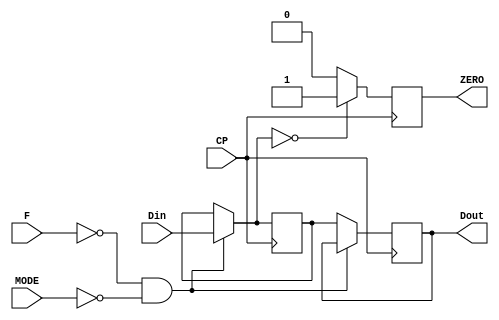
module register8(CP,F,MODE,Din,Dout,ZERO);
	input CP,F,MODE;
	input [7:0]Din;
	output reg [7:0]Dout;
	output reg ZERO;
	reg [7:0]R=00000000;
	always @ (posedge CP)
	begin
		begin
		if ((F == 0)&&(MODE == 0)) R=Din;
		else Dout=R;
		end
		begin
		if (R == 00000000) ZERO=1'b1;
		else ZERO=1'b0;
		end
	end
		
endmodule